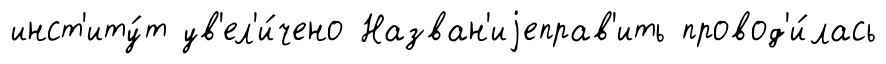
инст'иту́т ув'ел'и́чено Назван'иjеправ'ить провод'и́лась